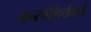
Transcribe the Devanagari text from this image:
कन्सॉशिर्यमचे